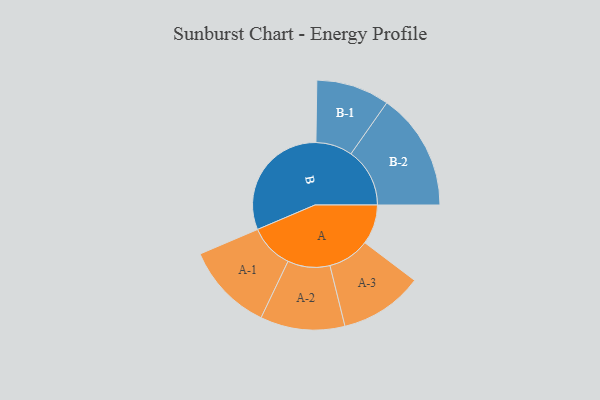
{"axis": {"x": "Segment", "y": "Value"}, "legend": ["", "A", "B"], "data": [{"x": "A", "y": 156, "type": ""}, {"x": "B", "y": 479, "type": ""}, {"x": "A-1", "y": 174, "type": "A"}, {"x": "A-2", "y": 166, "type": "A"}, {"x": "A-3", "y": 164, "type": "A"}, {"x": "B-1", "y": 144, "type": "B"}, {"x": "B-2", "y": 231, "type": "B"}]}